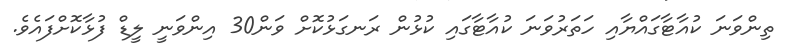
ތިންވަނަ ކުއާޓާގައްޔާއި ހަތަރުވަނަ ކުއާޓާގައި ކުޅުން ރަނގަޅުކޮށް ވަން30 އިންވަނީ ލީޑް ފުޅާކޮށްފައެވެ.